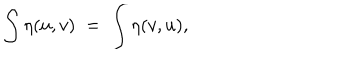
LaTeX: \int \eta ( u , v ) \; = \; \int \eta ( v , u ) ,